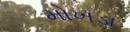
મોખડા